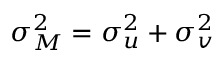
\sigma _ { M } ^ { 2 } = \sigma _ { u } ^ { 2 } + \sigma _ { v } ^ { 2 }